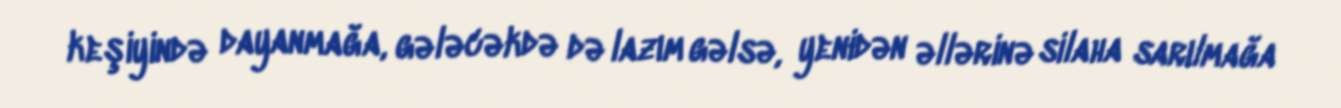
keşiyində dayanmağa, gələcəkdə də lazım gəlsə, yenidən əllərinə silaha sarılmağa